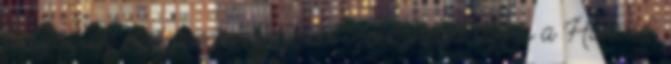
Rögtön az első percben vezetést szerezhetett volna a Honvéd,